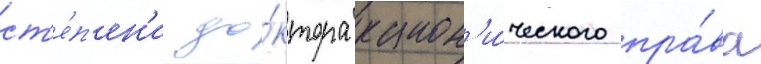
ст'е́п'ен'и до́ктора канон'и́ческого пра́ва